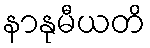
နာနုမီယတိ